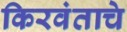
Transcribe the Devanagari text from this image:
किरवंताचे